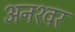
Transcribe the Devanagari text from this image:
अनश्‍वर